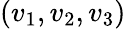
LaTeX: (v_{1},v_{2},v_{3})